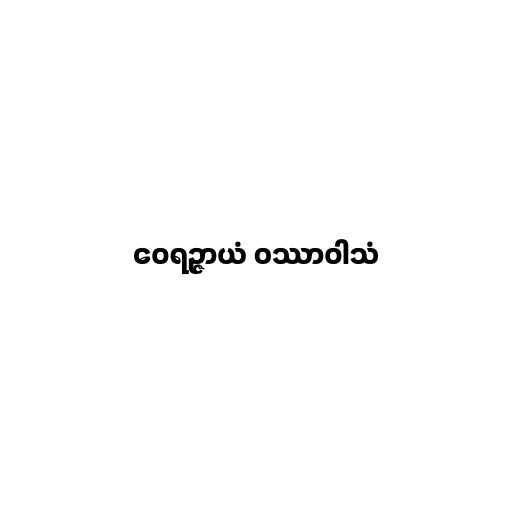
ဝေရဉ္ဇာယံ ဝဿာဝါသံ